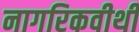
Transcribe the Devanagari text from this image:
नागरिकवीथी